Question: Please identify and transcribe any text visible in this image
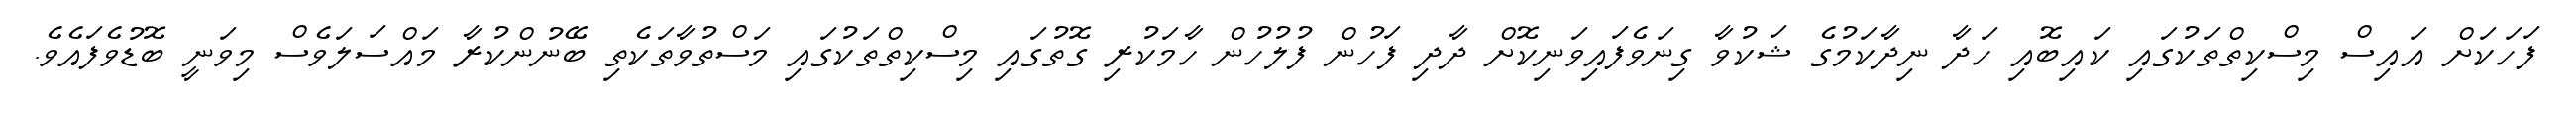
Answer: ފަހަކަށް އައިސް މިސްކިތްތަކުގައި ކައިބޮއި ހަދާ ނިދާކަމުގެ ޝަކުވާ ގިނަވެފައިވަނިކޮށް ދާދި ފަހުން ފުލުހުން ހާމަކުރި ގޮތުގައި މިސްކިތްތަކުގައި މަސްތުވާތަކެތި ބޭނުންކުރާ މައްސަލަވެސް މިވަނީ ބޮޑުވެފައެވެ.